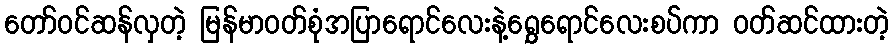
တော်ဝင်ဆန်လှတဲ့ မြန်မာဝတ်စုံအပြာရောင်လေးနဲ့ရွှေရောင်လေးစပ်ကာ ဝတ်ဆင်ထားတဲ့